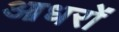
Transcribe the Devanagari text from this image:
आधरों